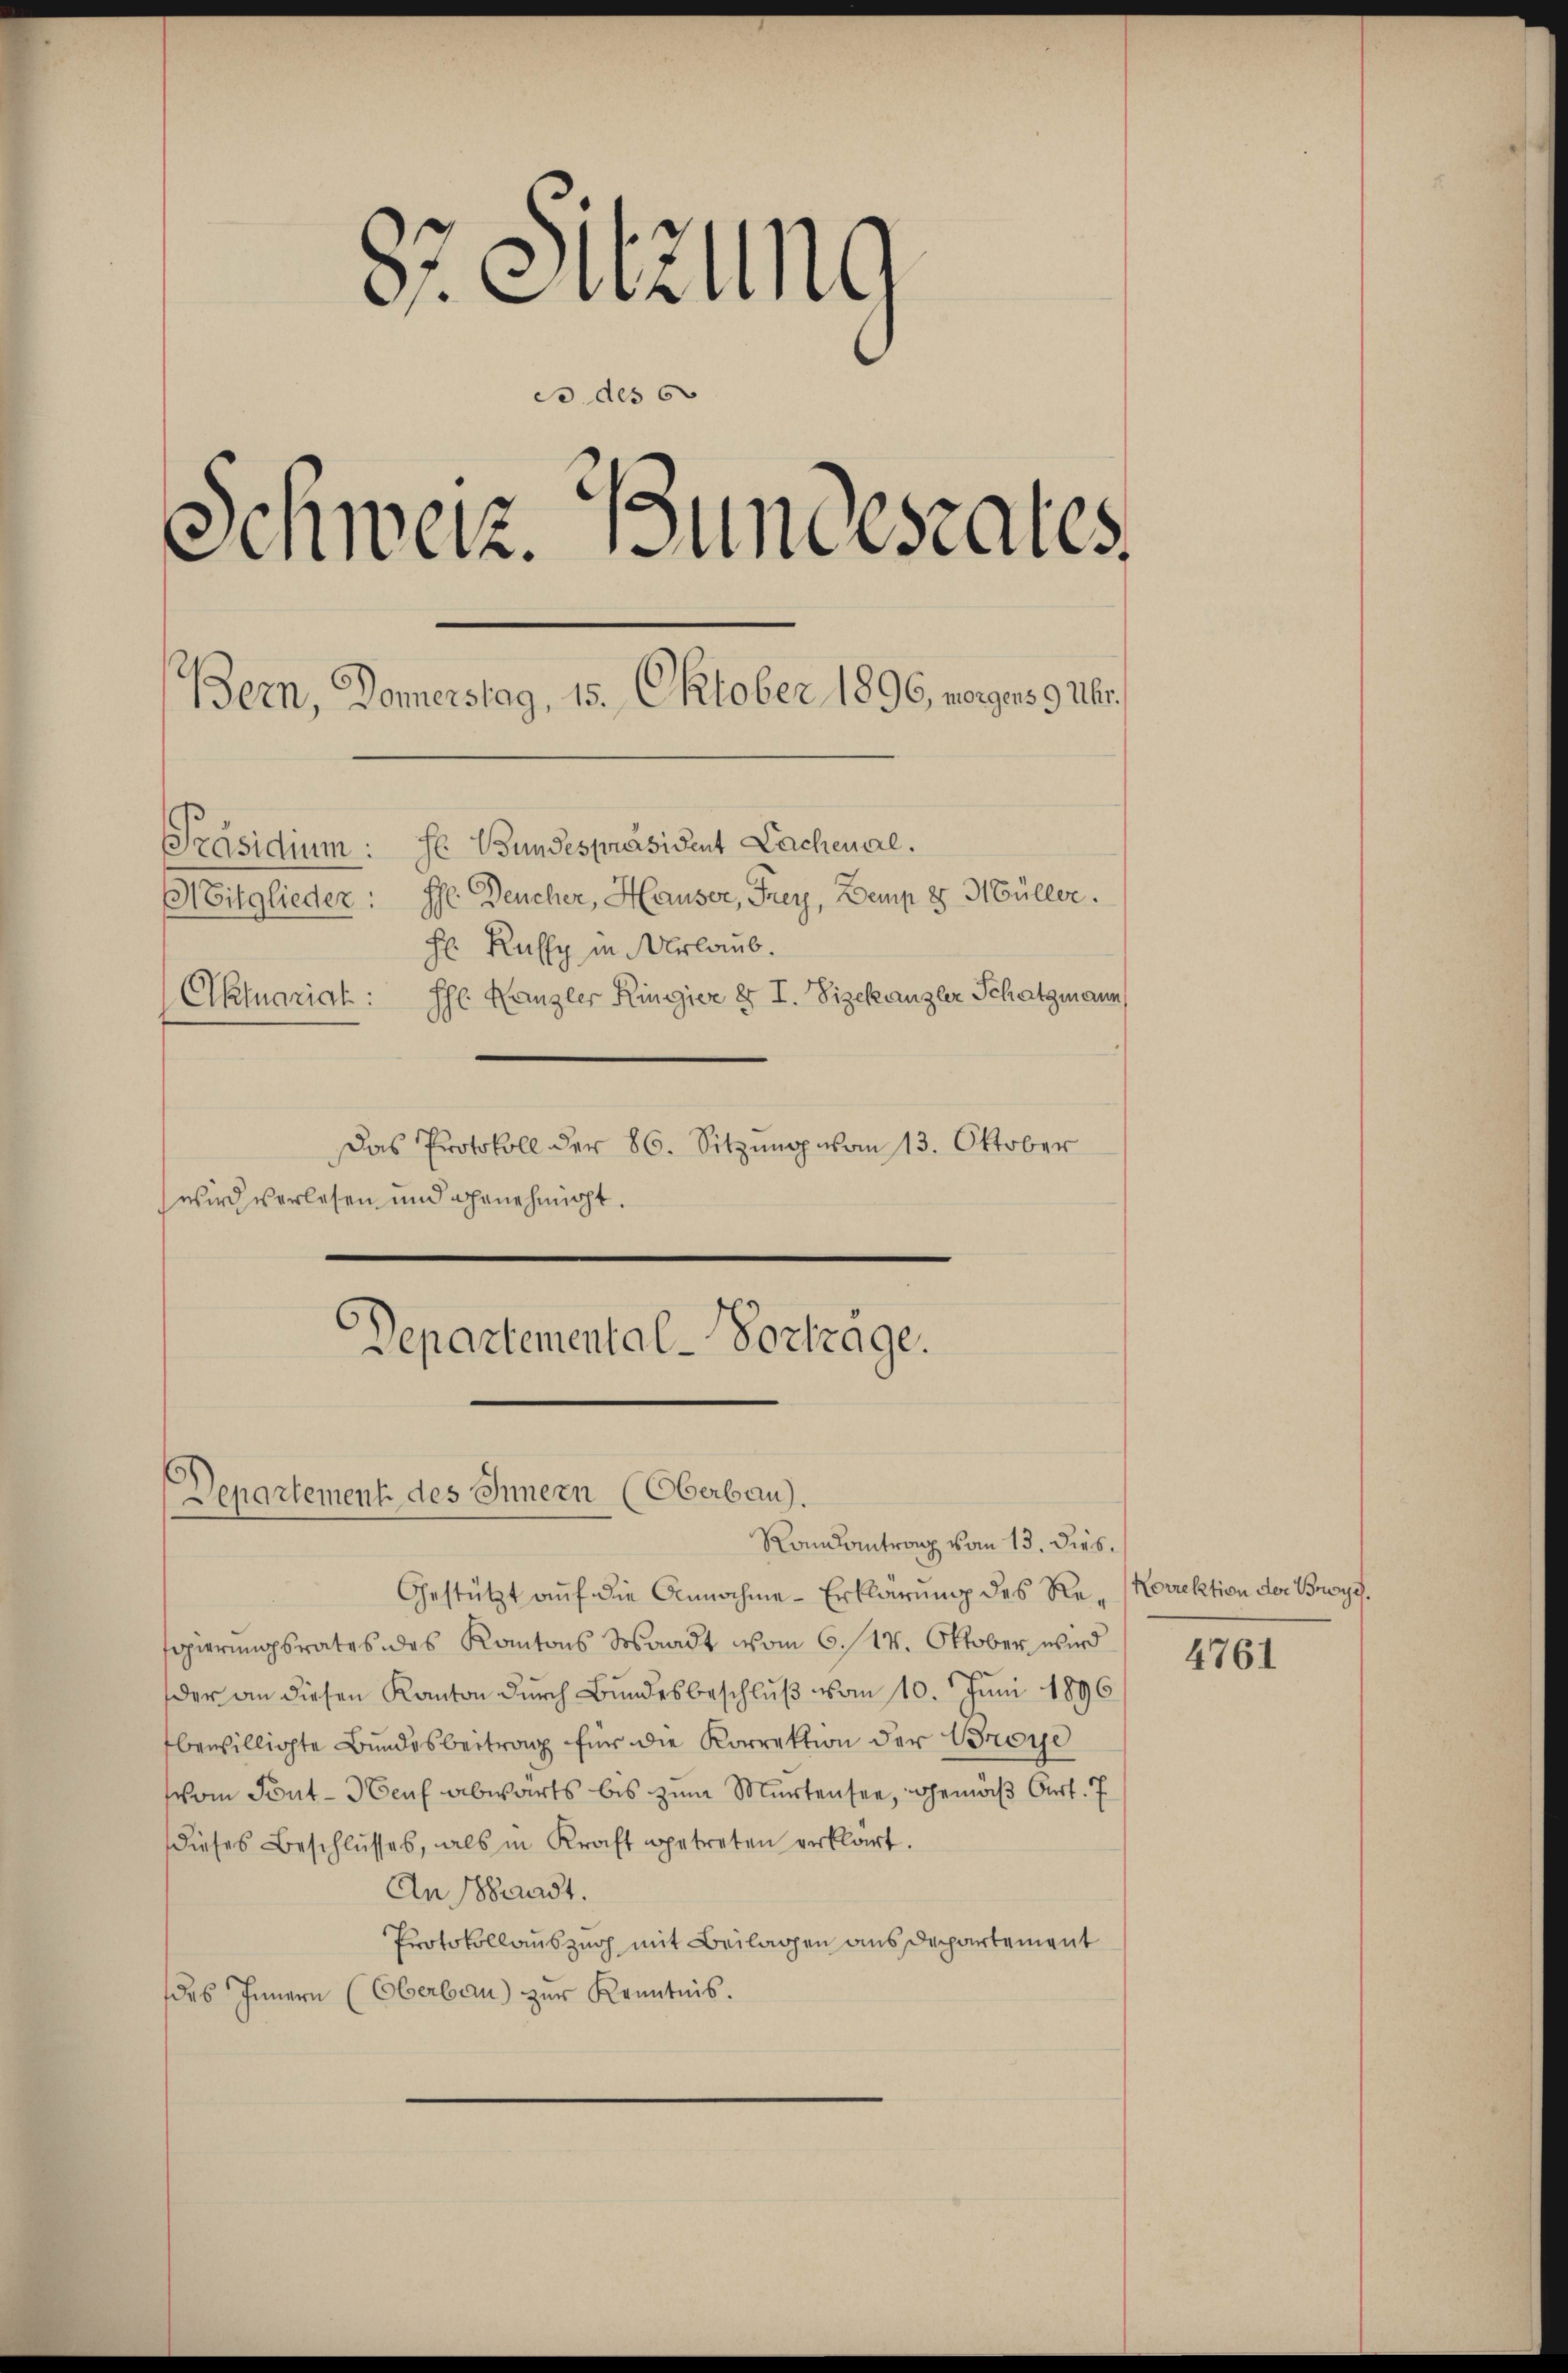
87. Sitzung
do des 6
Schweiz. Bundesrates
Bern, Donnerstag, 15. Oktober 1896, morgens 9 Uhr.

Präsidium: Hr. Bundespräsident Lachenal.
Mitglieder: Ihr Deucher, Hauser, Frey, Demp 8 Müller.
Aktuarial: Ehe Kanzler Ringier er I. Vizekanzler Schatzmann,
Das Protokoll der 86. Sitzung von 13. Oktober
wird verlesen und genehmigt.

H Ruffy in Urlaub.

Departemental-Vortrage.
Departement des Innern (Oberbau).
Randantrag vom 13. Dieb¬

Gestützt auf die Annahme-Erklärung des Regierungsrates des Kantons Sosaadt vom 6./14. Oktober wird
der an diesen Kanton durch Bundesbeschluß vom 10. Juni 1896
bewilligte Bundesbeitrag für die Korrektion der Broye
vom Sont-Heuf abwärts bis zum Murtensee, gemäß Art. 7
dieses Beschlŭsses, als in Kraft getreten verklärt.
An Stadt.
Protokollauszug mit Beilagen aus Departement
des Innern (Oberbau) zur Kenntnis.

Norrektion der Broys.

4761